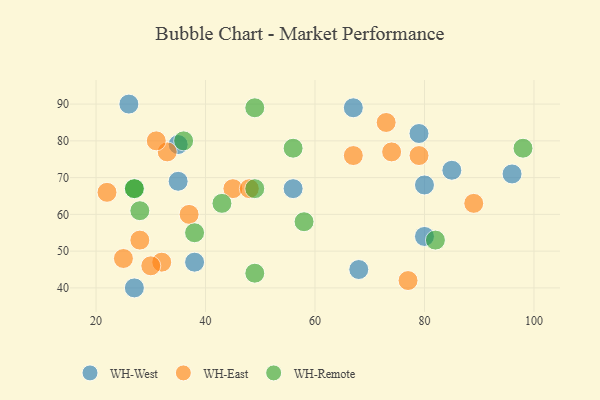
{"axis": {"x": "GDP", "y": "Life Expectancy"}, "legend": ["WH-East", "WH-Remote", "WH-West"], "data": [{"x": "80", "y": 54, "type": "WH-West"}, {"x": "68", "y": 45, "type": "WH-West"}, {"x": "56", "y": 67, "type": "WH-West"}, {"x": "38", "y": 47, "type": "WH-West"}, {"x": "67", "y": 89, "type": "WH-West"}, {"x": "80", "y": 68, "type": "WH-West"}, {"x": "85", "y": 72, "type": "WH-West"}, {"x": "26", "y": 90, "type": "WH-West"}, {"x": "35", "y": 69, "type": "WH-West"}, {"x": "96", "y": 71, "type": "WH-West"}, {"x": "27", "y": 40, "type": "WH-West"}, {"x": "79", "y": 82, "type": "WH-West"}, {"x": "35", "y": 79, "type": "WH-West"}, {"x": "37", "y": 60, "type": "WH-East"}, {"x": "67", "y": 76, "type": "WH-East"}, {"x": "74", "y": 77, "type": "WH-East"}, {"x": "45", "y": 67, "type": "WH-East"}, {"x": "79", "y": 76, "type": "WH-East"}, {"x": "77", "y": 42, "type": "WH-East"}, {"x": "73", "y": 85, "type": "WH-East"}, {"x": "89", "y": 63, "type": "WH-East"}, {"x": "33", "y": 77, "type": "WH-East"}, {"x": "22", "y": 66, "type": "WH-East"}, {"x": "28", "y": 53, "type": "WH-East"}, {"x": "25", "y": 48, "type": "WH-East"}, {"x": "31", "y": 80, "type": "WH-East"}, {"x": "48", "y": 67, "type": "WH-East"}, {"x": "32", "y": 47, "type": "WH-East"}, {"x": "30", "y": 46, "type": "WH-East"}, {"x": "27", "y": 67, "type": "WH-Remote"}, {"x": "56", "y": 78, "type": "WH-Remote"}, {"x": "98", "y": 78, "type": "WH-Remote"}, {"x": "27", "y": 67, "type": "WH-Remote"}, {"x": "49", "y": 89, "type": "WH-Remote"}, {"x": "49", "y": 44, "type": "WH-Remote"}, {"x": "82", "y": 53, "type": "WH-Remote"}, {"x": "38", "y": 55, "type": "WH-Remote"}, {"x": "36", "y": 80, "type": "WH-Remote"}, {"x": "28", "y": 61, "type": "WH-Remote"}, {"x": "58", "y": 58, "type": "WH-Remote"}, {"x": "43", "y": 63, "type": "WH-Remote"}, {"x": "49", "y": 67, "type": "WH-Remote"}]}